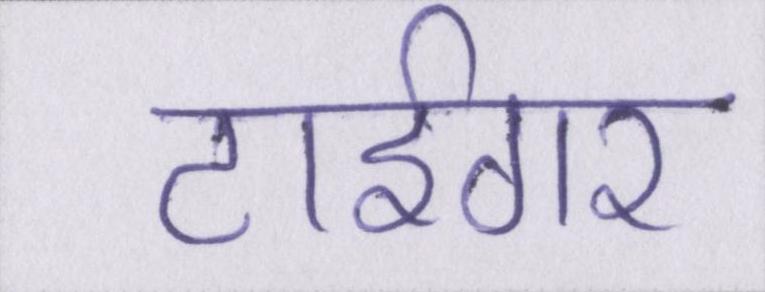
टाईगर